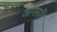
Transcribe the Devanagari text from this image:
जागरुति